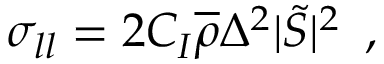
\sigma _ { l l } = 2 C _ { I } \overline { { \rho } } { \Delta } ^ { 2 } | \tilde { S } | ^ { 2 } \, \mathrm { ~ , ~ }